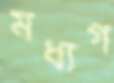
মধ্যগ